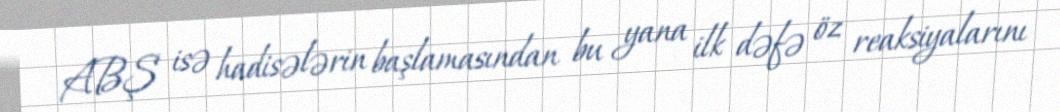
ABŞ isə hadisələrin başlamasından bu yana ilk dəfə öz reaksiyalarını